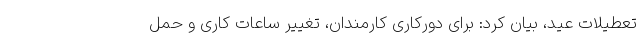
تعطیلات عید، بیان کرد: برای دورکاری کارمندان، تغییر ساعات کاری و حمل